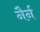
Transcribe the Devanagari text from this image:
नैर्न